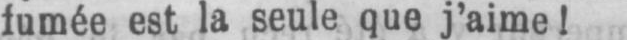
fumée est la seule que j’aime!